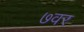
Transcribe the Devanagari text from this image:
७वर